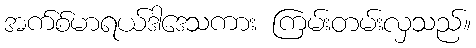
အက်စ်မာရယ်ဒါဒေသကား ကြမ်းတမ်းလှသည်။